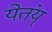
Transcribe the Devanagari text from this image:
येतंय्